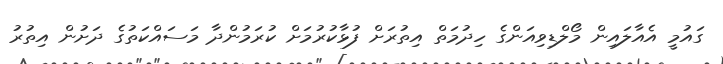
ގައުމީ އެއާލައިން މޯލްޑިވިއަންގެ ހިދުމަތް އިތުރަށް ފުޅާކުރުމަށް ކުރަމުންދާ މަަސައްކަތުގެ ދަށުން އިތުރު